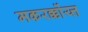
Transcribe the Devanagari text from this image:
मकरर्क्कोय्त्त